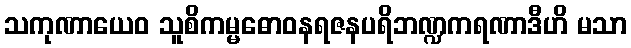
သကုဏာယေဝ သူစိကမ္မဓောဝနရဇနပရိဘဏ္ဍကရဏာဒီဟိ မသာ